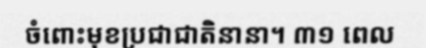
ចំពោះមុខប្រជាជាតិនានា។ ៣១ ពេល